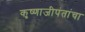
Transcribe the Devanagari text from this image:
कृष्णाजीपंतांचा